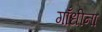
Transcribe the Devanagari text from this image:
गाँधीना